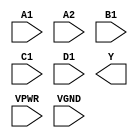
module sky130_fd_sc_hs__o2111ai (
    //# {{data|Data Signals}}
    input  A1  ,
    input  A2  ,
    input  B1  ,
    input  C1  ,
    input  D1  ,
    output Y   ,

    //# {{power|Power}}
    input  VPWR,
    input  VGND
);
endmodule